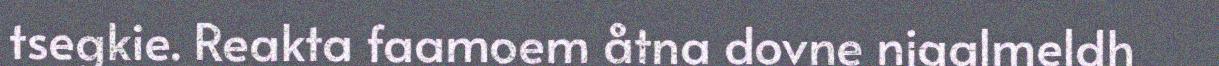
tsegkie. Reakta faamoem åtna dovne njaalmeldh